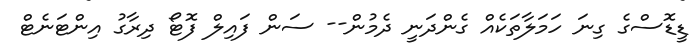
ޑީޑޮސްގެ ގިނަ ހަމަލާތަކެއް ގެންދަނީ ދެމުން-- ސަން ފައިލް ފޮޓޯ ދިރާގު އިންޓަނެޓް